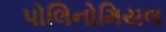
પોલિનોમિયલ